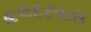
હલદરવાસ